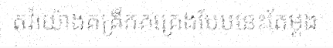
តវ៉ាយ៉ាងគគ្រឹកគគ្រេងបែបនេះតែម្តង